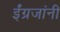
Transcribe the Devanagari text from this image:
ईंग्रजांनी